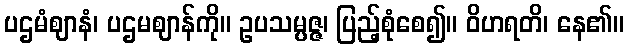
ပဌမံဈာနံ၊ ပဌမဈာန်ကို။ ဥပသမ္ပဇ္ဇ၊ ပြည့်စုံစေ၍။ ဝိဟရတိ၊ နေ၏။